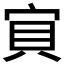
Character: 𱚇